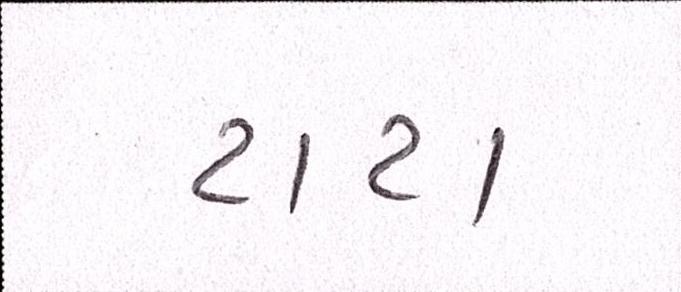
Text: ટાટા